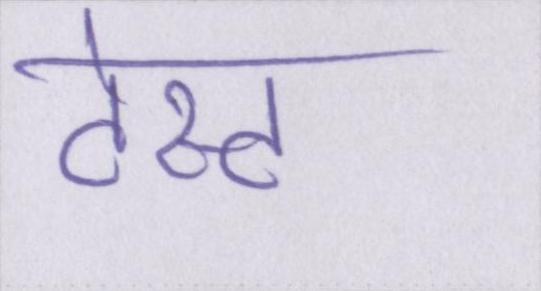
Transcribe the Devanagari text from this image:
टेस्ट